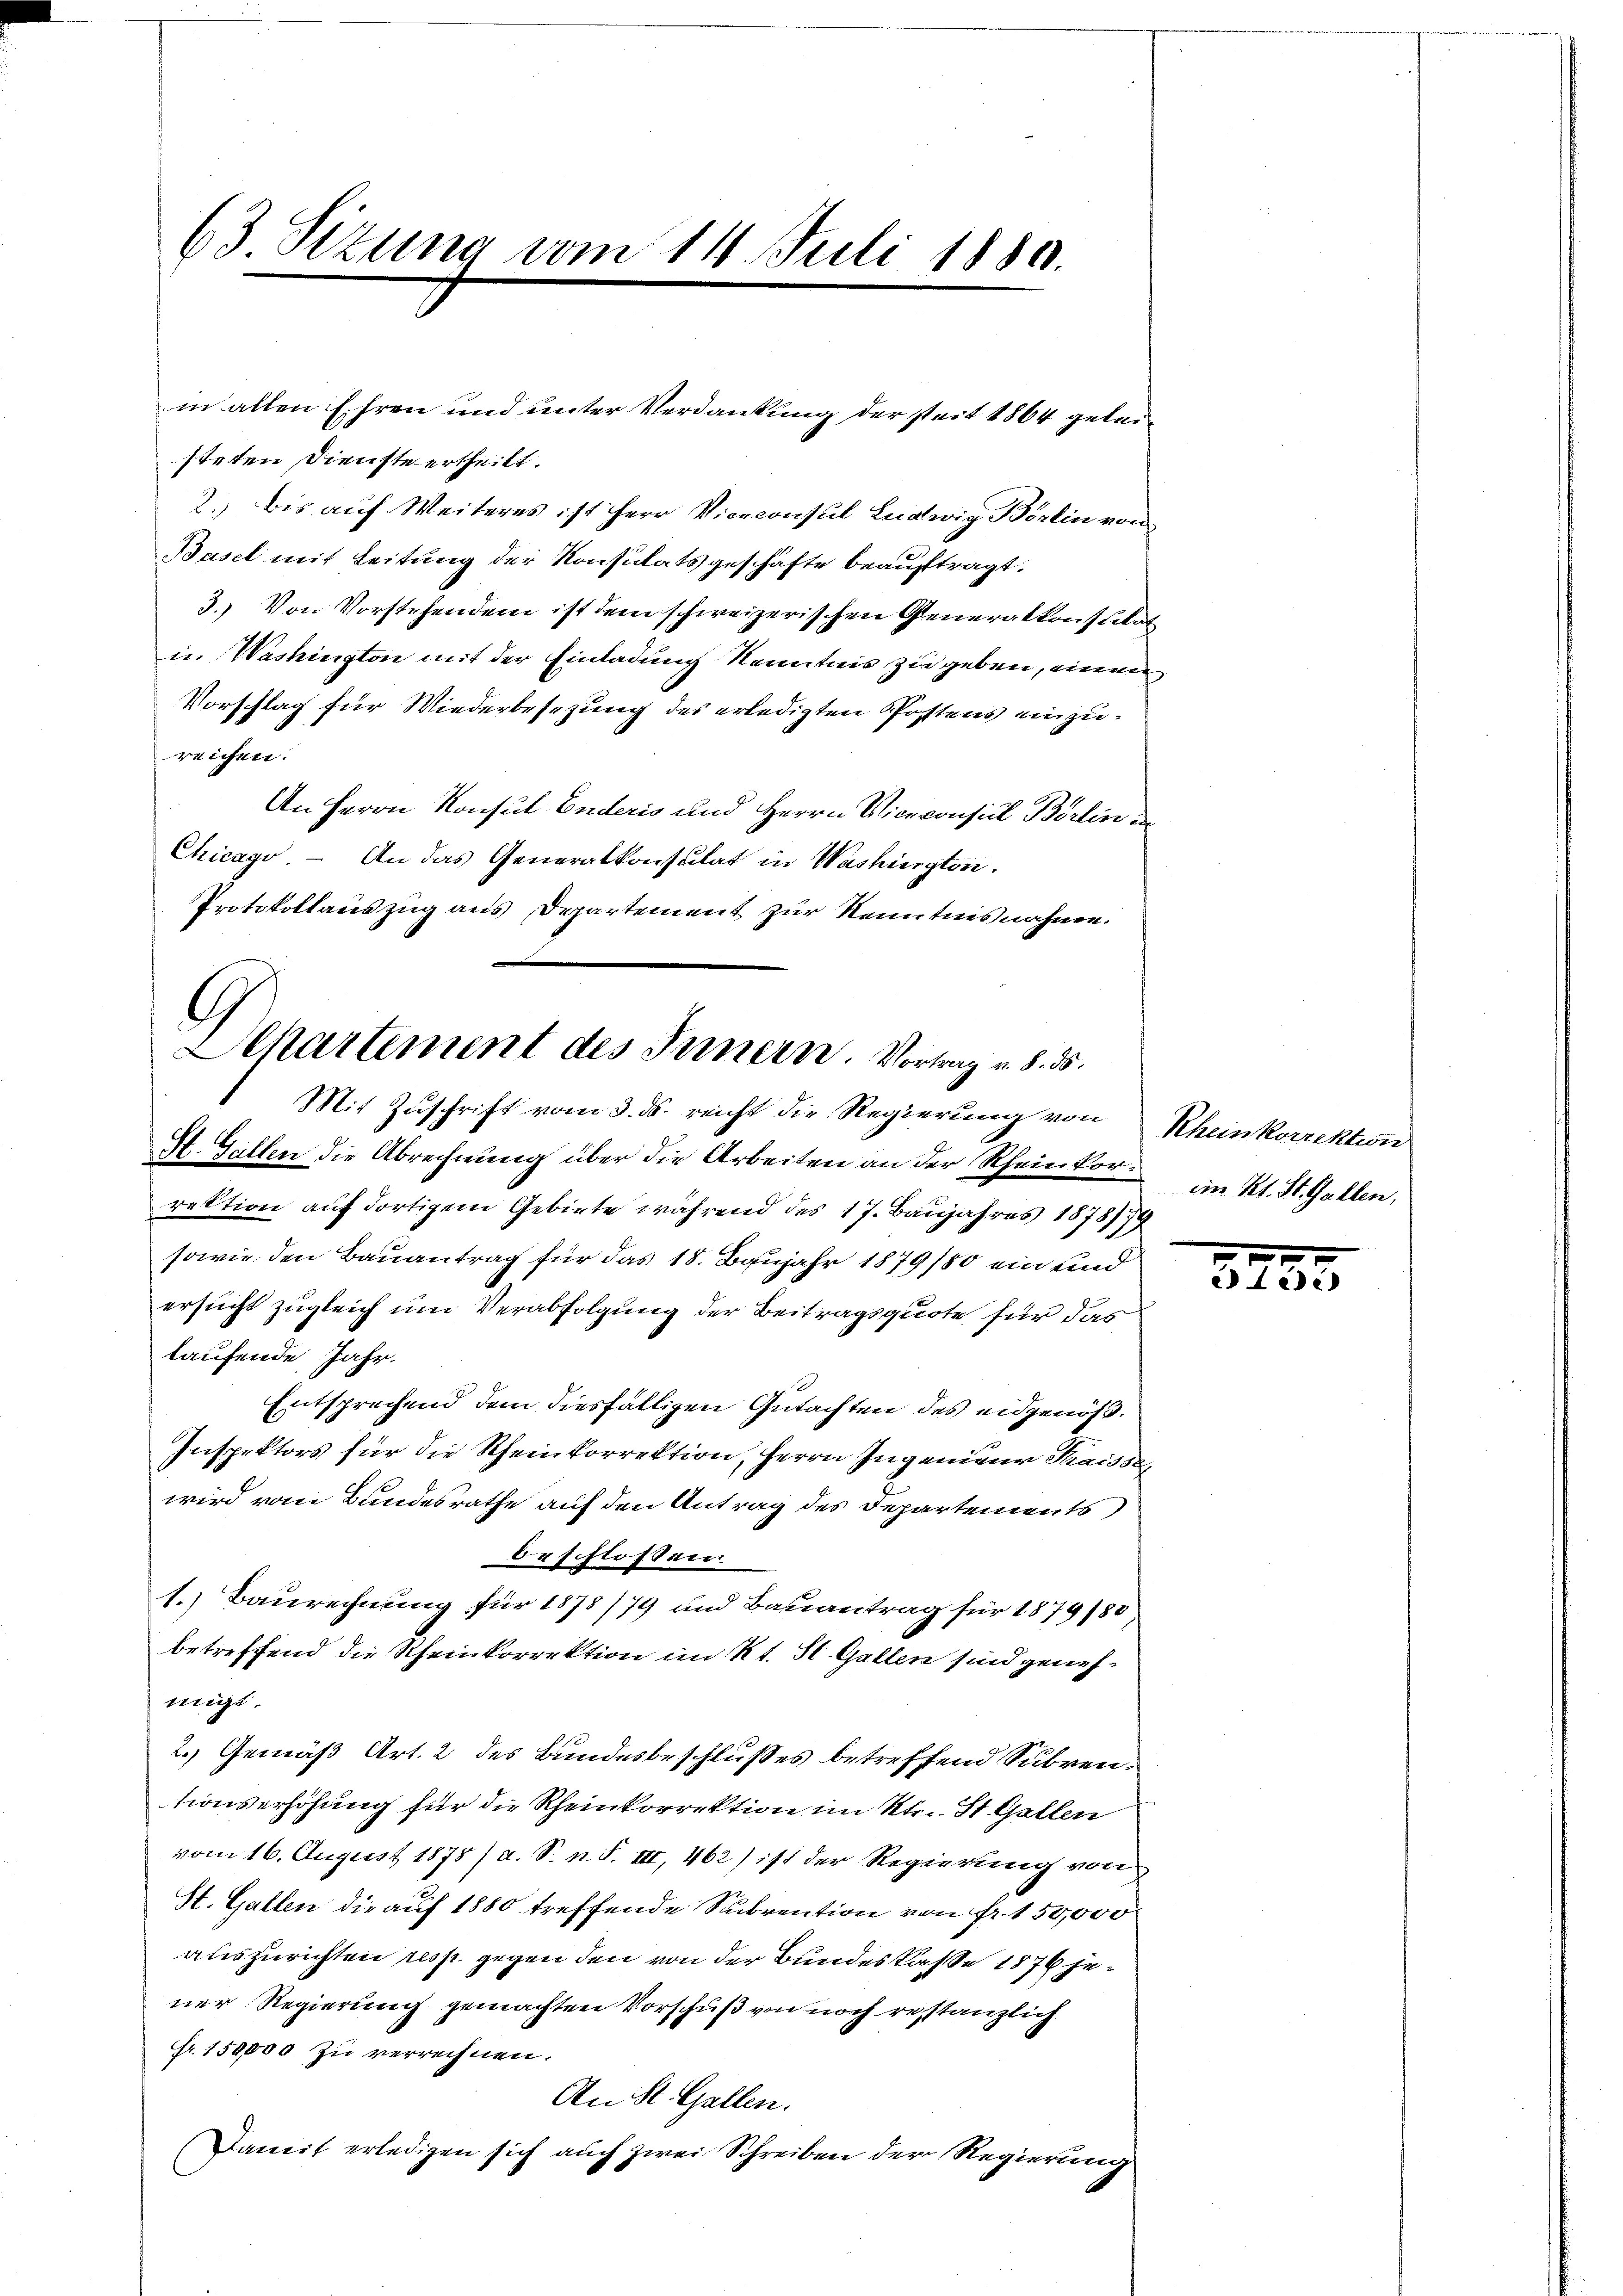
63 Sizung vom 11. Juli 1880.

steten Dienste ertheilt.
2.) bis auf Weiteres ist Herr Vioeconsul Ludwig Börlin von
Basel mit Leitung der Konsulats geschäfte beauftragt.
3.) Von Vorstehendem ist dem schweizerischen Generalkonsulat
in Washington mit der Einladung Kenntnis zu geben, einen
Vorschlag für Wiederbesezung des erledigten Postens einzureichen.
An Herrn Konsul Enderis und Herrn Viceconsidl Börlin de
Chicago. - An das Generalkonsulat in Washington.
Protokollauszug aus Departement zur Kenntnisnahme.

in allen Ehren und unter Verdankung derseit 1864 gelei¬

Departement des Innern Vortrag v. 8. ds.
Mit Zuschrift vom 3. ds. reicht die Regierung von Rheinkorrektion

St. Gallen die Abrechnung über die Arbeiten an der Rheinkorrektion auf dortigem Gebiete während des 17. Baujahres 1878774
sowie den Bauantrag für das 18. Baujahr 1879/80 ein und
ersucht zugleich um Verabfolgung der Beitragsquote für das
laufende Jahr.
Entsprechend dem diesfälligen Gutachten des eidgenöß¬
Inspektors für die Rheinkorrektion, Herrn Ingenieur Kraisse
wird vom Bundesrathe auf den Antrag des Departements
beschlossen.
1.) Baurechnung für 1873/79 und Bauantrag für 1879/80
betreffend die Rheinkorrektion im Kt. St. Gallen sind genehmigt.
2.) Gemäß Art. 2 des Bundesbeschlußes betreffend Subventionserhöhung für die Rheinkorrektion im Kt. St. Gallen
vom 16. August 1878 / a. S. n. F. III, 462) ist der Regierung von
St. Gallen die auf 1880 treffende Subrention von fr. 150,000
auszurichten resp. gegen den von der Bundeskasse 1876 jener Regierung gemachten Vorschuß von noch restanzlich
Fr. 150,000 zu verrechnen.
An St. Gallen.
Damit erledigen sich auch zwei Schreiben der Regierung

im Kt. St. Gallen,

57

.